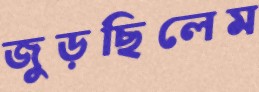
জুড়ছিলেম